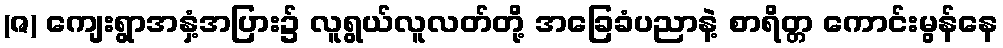
(ဇ) ကျေးရွာအနှံ့အပြား၌ လူရွယ်လူလတ်တို့ အခြေခံပညာနဲ့ စာရိတ္တ ကောင်းမွန်နေ